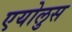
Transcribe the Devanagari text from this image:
एयोलुस